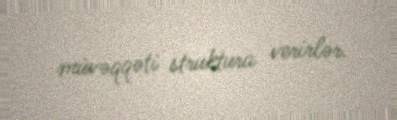
müvəqqəti struktura verirlər.